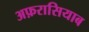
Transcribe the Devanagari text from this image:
अफ़रासियाब